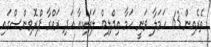
ތެރެއިން 63 ހަމަލާ ވަނީ ހަމާ އިދްލިބް ލަތަކިއާ އަދި ރައްގާ ޕްރޮވިންސްގައި